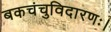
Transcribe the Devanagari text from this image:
बकचंचुविदारणः।